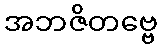
အဘဇိတဗ္ဗေ